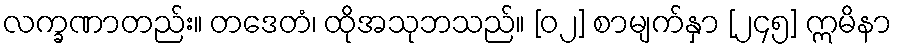
လက္ခဏာတည်း။ တဒေတံ၊ ထိုအသုဘသည်။ [၀၂] စာမျက်နှာ [၂၄၅] ဣမိနာ